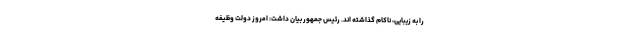
را به زیبایی، ناکام گذاشته اند. رئیس جمهور بیان داشت: امروز دولت وظیفه